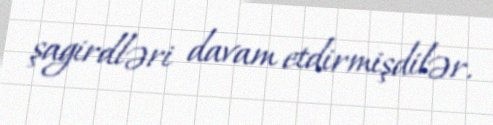
şagirdləri davam etdirmişdilər.